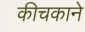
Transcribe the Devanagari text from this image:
कीचकाने